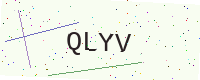
Text: QLYV